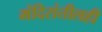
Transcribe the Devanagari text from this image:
मंदिरांतीलही